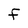
Character: F